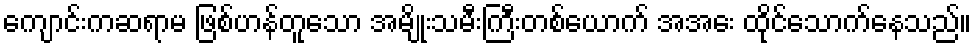
ကျောင်းကဆရာမ ဖြစ်ဟန်တူသော အမျိုးသမီးကြီးတစ်ယောက် အအေး ထိုင်သောက်နေသည်။